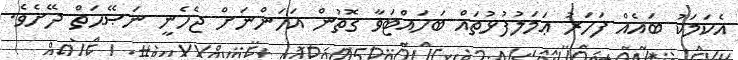
އެކަމަކު ބައެއް ފަހަރު ޢަމަލުފުޅުތައް ބަހައްޓަވާ ގޮތުން އަހަންނަށް ޖެހެނީ ނަޞޭޙަތް ދޭށެވެ.